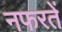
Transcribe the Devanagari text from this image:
नफरतें